Report of the Imperial Institute of Veterinary Research, Muktesar
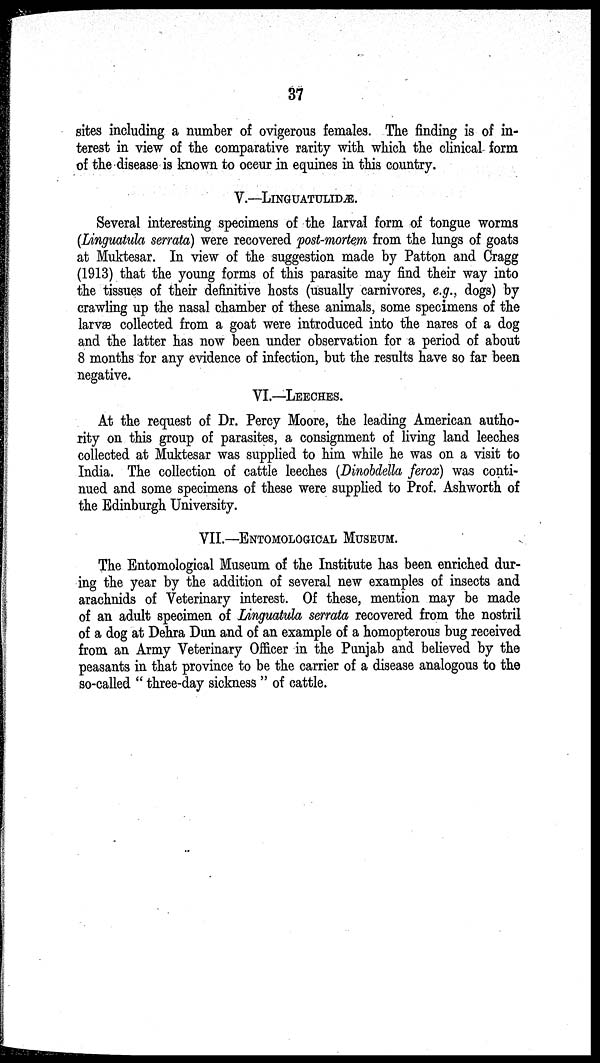
37
sites including a number of ovigerous females. The finding is of in-
terest in view of the comparative rarity with which the clinical form
of the disease is known to occur in equines in this country.
V.—LINGUATULIDÆ.
Several interesting specimens of the larval form of tongue worms
(Linguatula serrata) were recovered post-mortem from the lungs of goats
at Muktesar. In view of the suggestion made by Patton and Cragg
(1913) that the young forms of this parasite may find their way into
the tissues of their definitive hosts (usually carnivores, e.g., dogs) by
crawling up the nasal chamber of these animals, some specimens of the
larvæ collected from a goat were introduced into the nares of a dog
and the latter has now been under observation for a period of about
8 months for any evidence of infection, but the results have so far been
negative.
VI.—LEECHES.
At the request of Dr. Percy Moore, the leading American autho-
rity on this group of parasites, a consignment of living land leeches
collected at Muktesar was supplied to him while he was on a visit to
India. The collection of cattle leeches (Dinobdella ferox) was conti-
nued and some specimens of these were supplied to Prof. Ashworth of
the Edinburgh University.
VII.—ENTOMOLOGICAL
MUSEUM.
The Entomological Museum of the Institute has been enriched dur-
ing the year by the addition of several new examples of insects and
arachnids of Veterinary interest. Of these, mention may be made
of an adult specimen of Linguatula serrata recovered from the nostril
of a dog at Dehra Dun and of an example of a homopterous bug received
from an Army Veterinary Officer in the Punjab and believed by the
peasants in that province to be the carrier of a disease analogous to the
so-called " three-day sickness " of cattle.